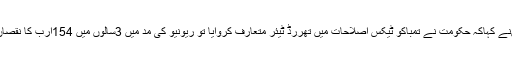
انہوںنے کہاکہ حکومت نے تمباکو ٹیکس اصلاحات میں تھررڈ ٹیئر متعارف کروایا تو ریونیو کی مد میں 3سالوں میں 154ارب کا نقصان ہوا۔